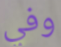
وفي